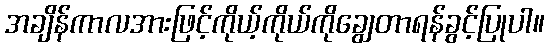
အချိန်ကာလအားဖြင့်ကိုယ့်ကိုယ်ကိုချွေတာရန်ခွင့်ပြုပါ။